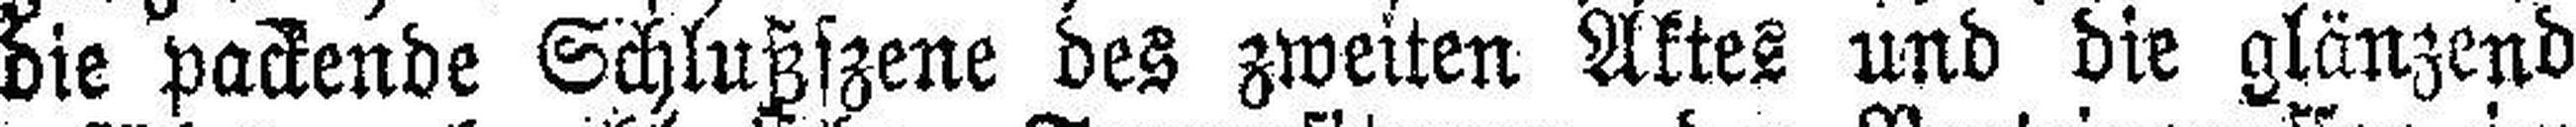
die packende Schlußszene des zweiten Aktes und die glänzend